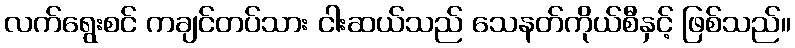
လက်ရွေးစင် ကချင်တပ်သား ငါးဆယ်သည် သေနတ်ကိုယ်စီနှင့် ဖြစ်သည်။